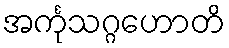
အင်္ကုသဂ္ဂဟောတိ